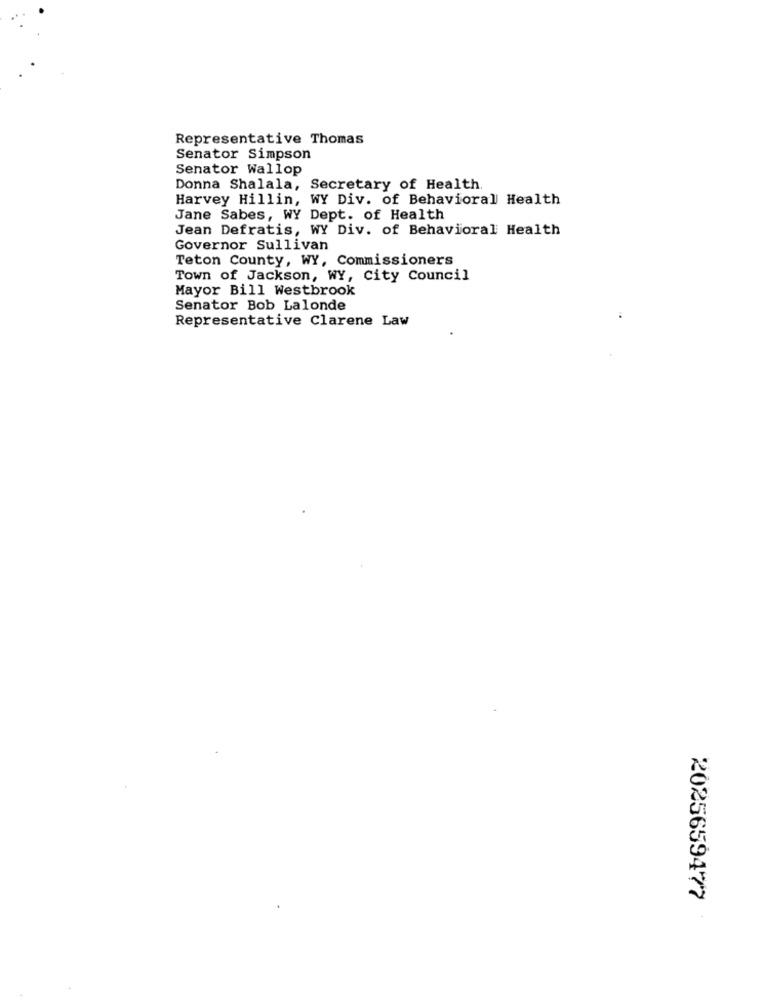
Representative Thomas
Senator Simpson
Senator Wallop
Donna Shalala, Secretary of Health.
Harvey Hillin, WY Div. of Behavioral Health
Jane Sabes, WY Dept. of Health
Jean Defratis, WY Div. of Behavioral Health
Governor Sullivan
Teton County, WY, Commissioners
Town of Jackson, WY, City Council
Mayor Bill Westbrook
Senator Bob Lalonde
Representative Clarene Law
2025659477